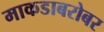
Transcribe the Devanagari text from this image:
माकडाबरोबर